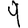
Digit: 9